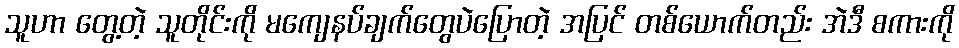
သူဟာ တွေ့တဲ့ သူတိုင်းကို မကျေနပ်ချက်တွေပဲပြောတဲ့ အပြင် တစ်ယောက်တည်း အဲဒီ စကားကို